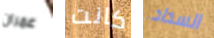
عمران كانت السداد